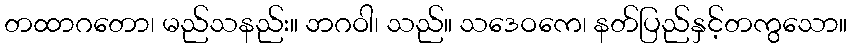
တထာဂတော၊ မည်သနည်း။ ဘဂဝါ၊ သည်။ သဒေဝကေ၊ နတ်ပြည်နှင့်တကွသော။